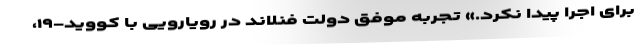
برای اجرا پیدا نکرد.» تجربه موفق دولت فنلاند در رویارویی با کووید-۱۹،